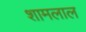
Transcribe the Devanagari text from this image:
शामलाल